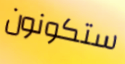
ستكونون